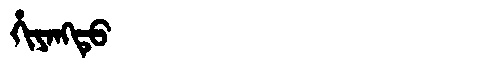
Manchu: ᡥᡳᠶᠠᠩᡨᡠ
Romanization: HIYANGTU